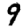
Digit: 9